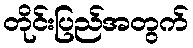
တိုင်းပြည်အတွက်